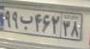
۹۹ب۴۶۲۳۸